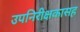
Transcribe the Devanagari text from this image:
उपनिरीक्षकासह